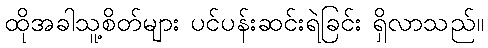
ထိုအခါသူ့စိတ်များ ပင်ပန်းဆင်းရဲခြင်း ရှိလာသည်။